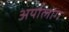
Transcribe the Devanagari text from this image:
अर्यालोग